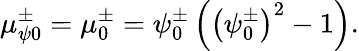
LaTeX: \mu_{\psi 0}^{\pm}=\mu_{0}^{\pm}=\psi_{0}^{\pm}\left(\left(\psi_{0}^{\pm}\right)^{2}-1\right).